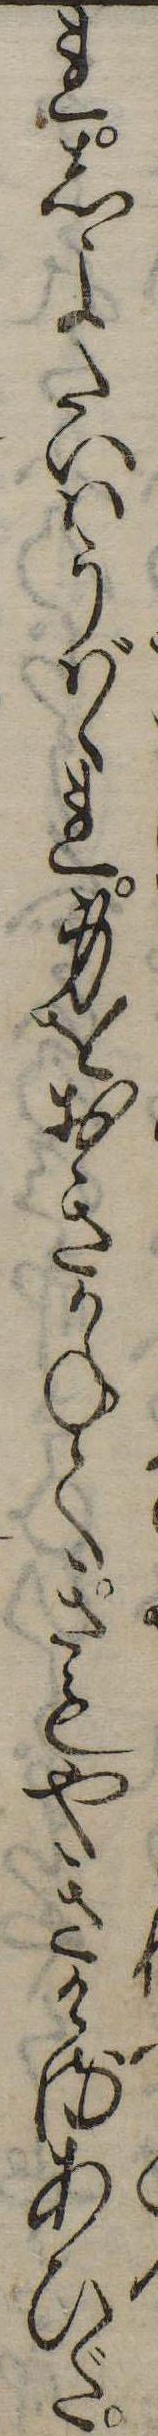
れしよたいはうばゝれ身をおきかねてきもやきけるあひだ